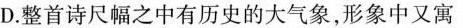
D.整首诗尺幅之中有历史的大气象，形象中又寓